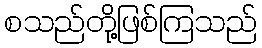
စသည်တို့ဖြစ်ကြသည်